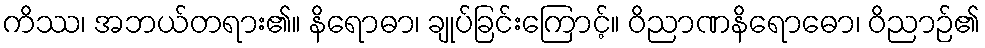
ကိဿ၊ အဘယ်တရား၏။ နိရောဓာ၊ ချုပ်ခြင်းကြောင့်။ ဝိညာဏနိရောဓော၊ ဝိညာဉ်၏